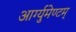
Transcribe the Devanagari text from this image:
आर्ग्युमेण्टम्